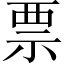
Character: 票